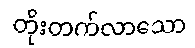
တိုးတက်လာသော